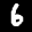
Label: 6